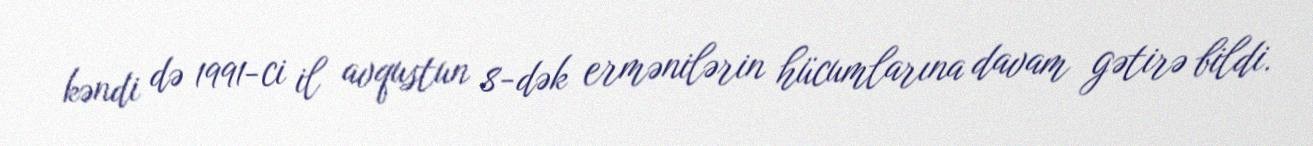
kəndi də 1991-ci il avqustun 8-dək ermənilərin hücumlarına davam gətirə bildi.